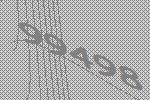
99498